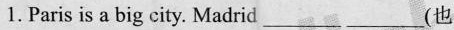
1.Paris is a big city. Madrid_________ _________(也